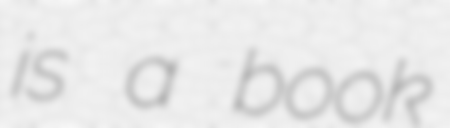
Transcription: is a book